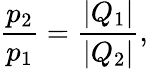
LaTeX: \frac{p_{2}}{p_{1}}=\frac{|Q_{1}|}{|Q_{2}|},